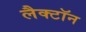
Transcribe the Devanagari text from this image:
लैक्टॉन